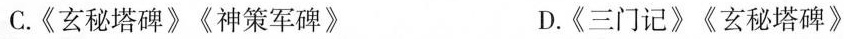
C.《玄秘塔碑》《神策军碑》 D.《三门记》《玄秘塔碑》